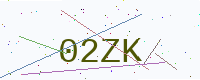
Text: 02ZK